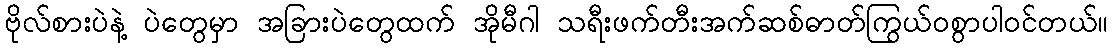
ဗိုလ်စားပဲနဲ့ ပဲတွေမှာ အခြားပဲတွေထက် အိုမီဂါ သရီးဖက်တီးအက်ဆစ်ဓာတ်ကြွယ်ဝစွာပါဝင်တယ်။